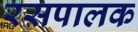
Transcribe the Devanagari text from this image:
रसपालक